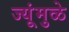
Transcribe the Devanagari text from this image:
ज्यूंमुळे